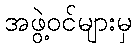
အဖွဲ့ဝင်များမှ